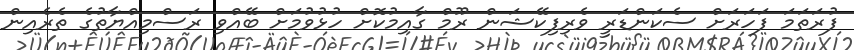
ފުރަތަމަ ފަހަރަށް ސެކަންޑަރީ ވެރިފިކޭޝަން ރޫމް ގާއިމުކޮށް ހުޅުވުމަށް ބޭއްްވި ރަސްމިއްޔާތުގެ ތެރެއިން